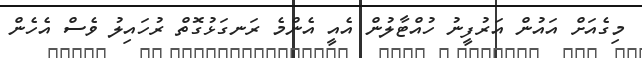
މިގެއަށް އައުން އަރުފީނު ހުއްޓާލުން އެއީ އެންމެ ރަނގަޅުގޮތް ރުހައިލު ވެސް އެހެން